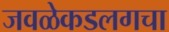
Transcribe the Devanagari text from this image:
जवळेकडलगचा